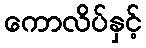
ကောလိပ်နှင့်